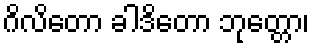
ဂိလိတော ခါဒိတော ဘုတ္တော၊